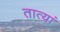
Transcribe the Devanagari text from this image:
तात्यां